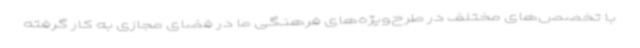
با تخصص‌های مختلف در طرح‌ویژه‌های فرهنگی ما در فضای مجازی به کار گرفته